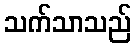
သက်သာသည်